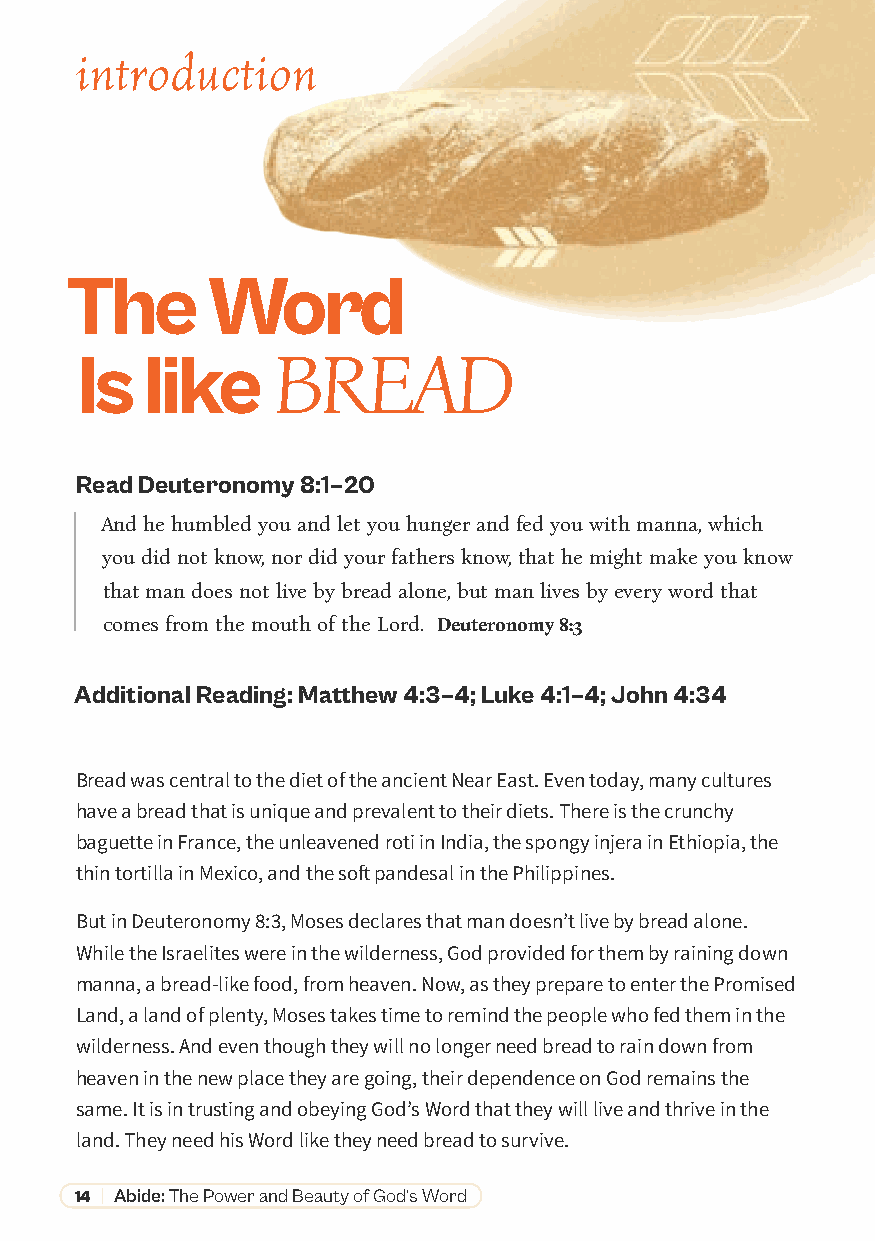
introduction
 The       Word
 Is   like
 BREAD
 Read Deuteronomy 8:1–20
 And he humbled you and let you hunger and fed you with manna, which
 you did not know, nor did your fathers know, that he might make you know
 that man does not live by bread alone, but man lives by every word that
 comes from the mouth of the Lord. Deuteronomy 8:3
 Additional Reading: Matthew 4:3–4; Luke 4:1–4; John 4:34
 Bread was central to the diet of the ancient Near East. Even today, many cultures
 have a bread that is unique and prevalent to their diets. There is the crunchy
 baguette in France, the unleavened roti in India, the spongy injera in Ethiopia, the
 thin tortilla in Mexico, and the soft pandesal in the Philippines.
 But in Deuteronomy 8:3, Moses declares that man doesn’t live by bread alone.
 While the Israelites were in the wilderness, God provided for them by raining down
 manna, a bread-like food, from heaven. Now, as they prepare to enter the Promised
 Land, a land of plenty, Moses takes time to remind the people who fed them in the
 wilderness. And even though they will no longer need bread to rain down from
 heaven in the new place they are going, their dependence on God remains the
 same. It is in trusting and obeying God’s Word that they will live and thrive in the
 land. They need his Word like they need bread to survive.
 14 | Abide: The Power and Beauty of God’s Word